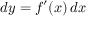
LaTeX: d y = f ^ { \prime } ( x ) \, d x